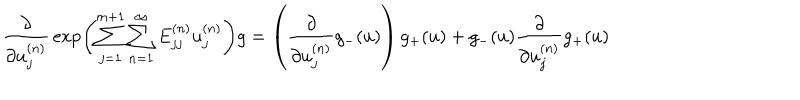
\frac { \partial } { \partial u _ { j } ^ { ( n ) } } \, \exp \left( { \sum _ { j = 1 } ^ { m + 1 } \sum _ { n = 1 } ^ { \infty } E _ { j j } ^ { ( n ) } u _ { j } ^ { ( n ) } } \right) g = \left( \frac { \partial } { \partial u _ { j } ^ { ( n ) } } g _ { - } ( u ) \right) g _ { + } ( u ) + g _ { - } ( u ) \frac { \partial } { \partial u _ { j } ^ { ( n ) } } g _ { + } ( u )